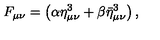
F _ { \mu \nu } = \left( \alpha \eta _ { \mu \nu } ^ { 3 } + \beta \bar { \eta } _ { \mu \nu } ^ { 3 } \right) ,